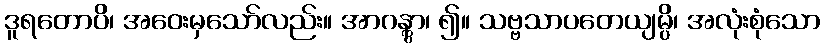
ဒူရတောပိ၊ အဝေးမှသော်လည်း။ အာဂန္တွာ၊ ၍။ သဗ္ဗသာပတေယျမ္ပိ၊ အလုံးစုံသော